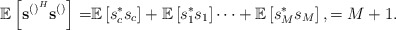
\begin{align*} \mathbb{E}\left[\mathbf{s}^{\left(\right)^H}\mathbf{s}^{\left(\right)}\right]=&\mathbb{E}\left[s_c^*s_c\right]+\mathbb{E}\left[s_1^*s_1\right]\cdots+\mathbb{E}\left[s_M^*s_M\right],=M+1.\end{align*}